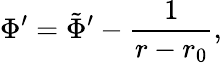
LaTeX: \Phi^{\prime}=\tilde{\Phi}^{\prime}-{\frac{1}{r-r_{0}}},